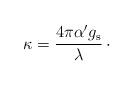
LaTeX: \begin{align*}\kappa = {4\pi\alpha' g_{\rm s}\over\lambda}\,\cdotp\end{align*}